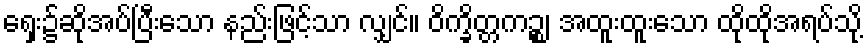
ရှေး၌ဆိုအပ်ပြီးသော နည်းဖြင့်သာ လျှင်။ ဝိက္ခိတ္တကဉ္စ၊ အထူးထူးသော ထိုထိုအရပ်သို့